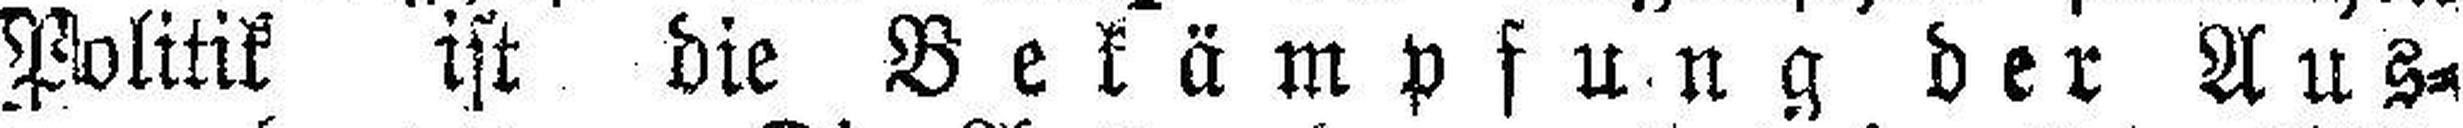
Politik ist die Bekämpfung der Aus¬